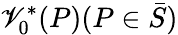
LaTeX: \mathscr{V}_{0}^{*}(P)(P\in\bar{{S}})